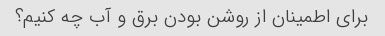
برای اطمینان از روشن بودن برق و آب چه کنیم؟